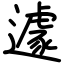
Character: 遽